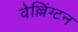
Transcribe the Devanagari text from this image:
वेल्लिंग्टन